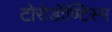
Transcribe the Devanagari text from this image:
टोरोडॉण्टिस्म